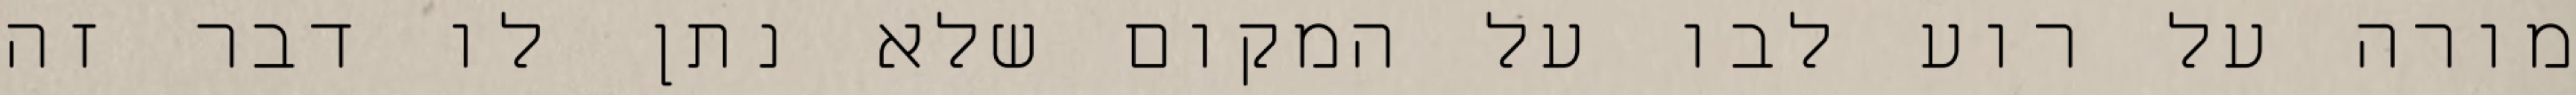
מורה על רוע לבו על המקום שלא נתן לו דבר זה